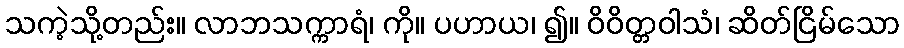
သကဲ့သို့တည်း။ လာဘသက္ကာရံ၊ ကို။ ပဟာယ၊ ၍။ ဝိဝိတ္တဝါသံ၊ ဆိတ်ငြိမ်သော